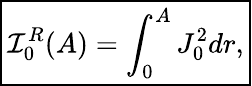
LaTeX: \boxed{\mathcal{I}_{0}^{R}(A)=\int_{0}^{A}J_{0}^{2}dr,}